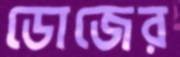
ডোজের